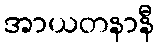
အာယတနာနီ